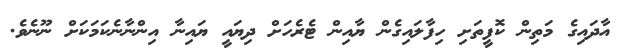
އާދައިގެ މަތިން ކޮފީތަށި ހިފާލައިގެން ޔާއިން ޓެރެހަށް ދިޔައީ ޔައިނާ އިންނާނެކަމަކަށް ނޫނެވެ.